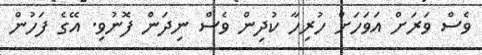
ވެސް ވަރަށް އަވަހަށް ހުރިހާ ކުދިން ވެސް ނިދަން ފޮނުވި. އޭގެ ފަހުން